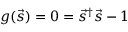
g ( \vec { s } ) = 0 = \vec { s } ^ { \dagger } \vec { s } - 1